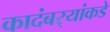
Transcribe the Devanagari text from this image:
कादंबर्‍यांकडे